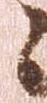
々